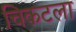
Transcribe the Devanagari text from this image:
चिकटला